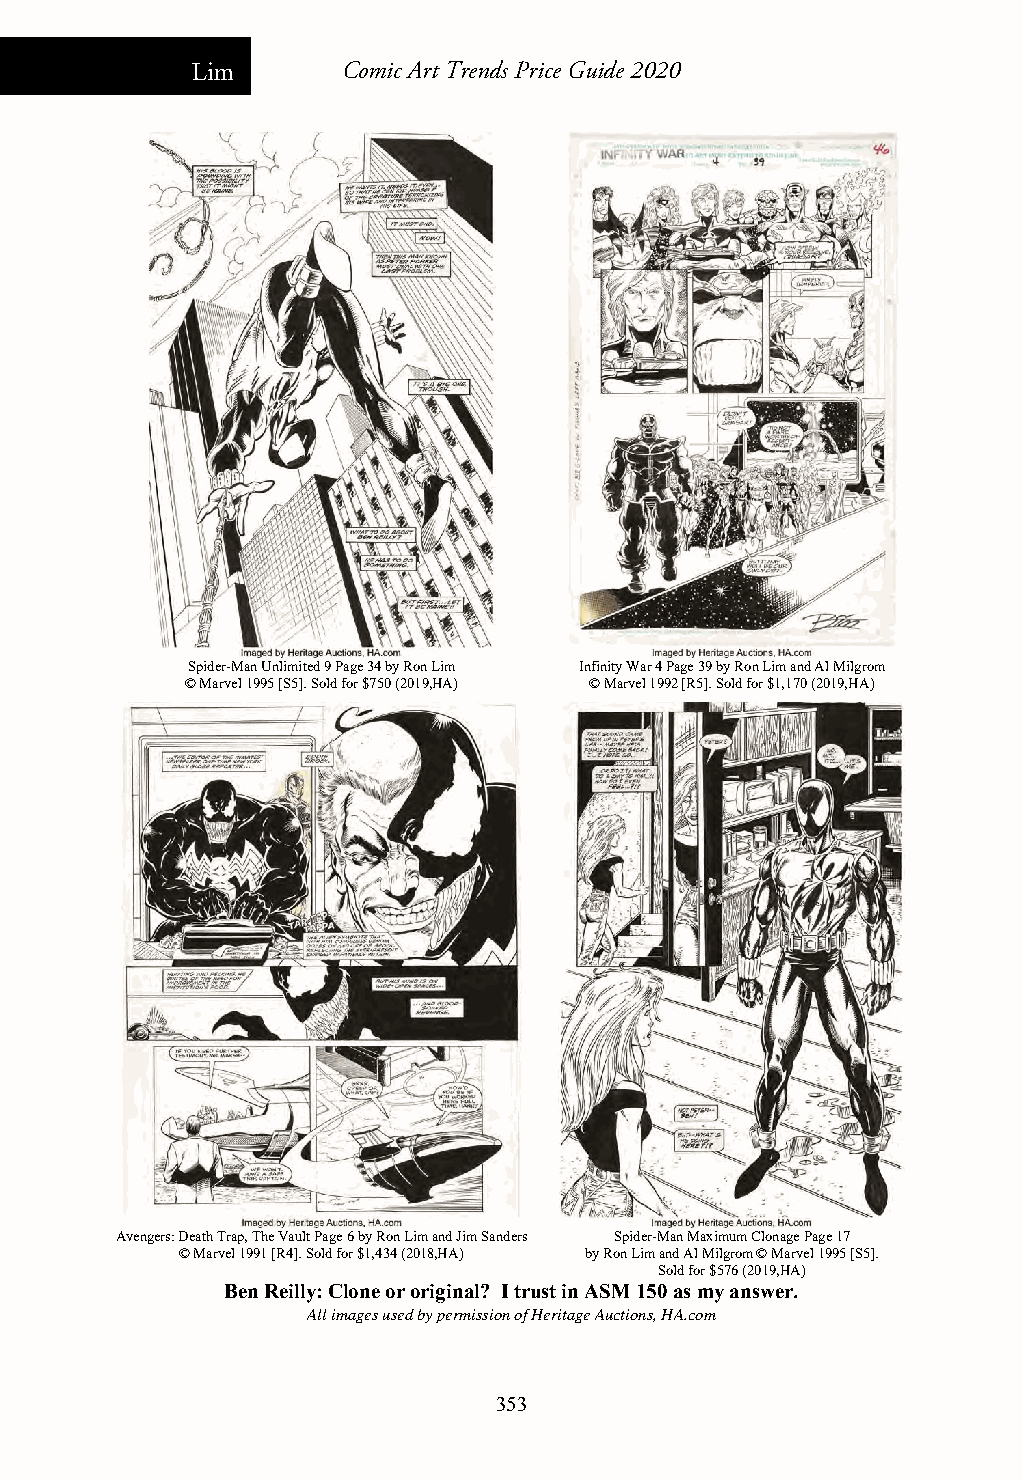
Lim       Comic Art Trends Price Guide 2020
 Spider-Man Unlimited 9 Page 34 by Ron Lim Infinity War 4 Page 39 by Ron Lim and Al Milgrom
 © Marvel 1995 [S5]. Sold for $750 (2019,HA) © Marvel 1992 [R5]. Sold for $1,170 (2019,HA)
 Avengers: Death Trap, The Vault Page 6 by Ron Lim and Jim Sanders Spider-Man Maximum Clonage Page 17
 © Marvel 1991 [R4]. Sold for $1,434 (2018,HA) by Ron Lim and Al Milgrom © Marvel 1995 [S5].
 Sold for $576(2019,HA)
 Ben Reilly: Clone or original? I trust in ASM 150 as my answer.
 All images used by permission of Heritage Auctions, HA.com
 353